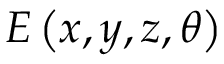
E \left( x , y , z , \theta \right)